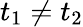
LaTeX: t_{1}\neq t_{2}